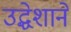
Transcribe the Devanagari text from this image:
उद्धेशाने